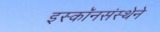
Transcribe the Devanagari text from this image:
इस्कॉनसंस्थेने